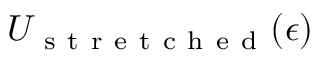
U _ { \mathrm { ~ s ~ t ~ r ~ e ~ t ~ c ~ h ~ e ~ d ~ } } ( \epsilon )